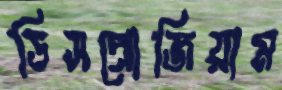
ডিসপ্রোজিয়াম